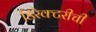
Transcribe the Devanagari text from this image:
डिरेक्टरीची